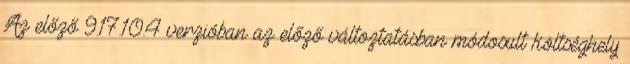
Az előző 9.17.10.4 verzióban az előző változtatásban módosult költséghely